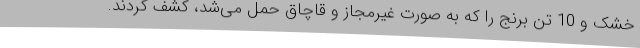
خشک و 10 تن برنج را که به صورت غیرمجاز و قاچاق حمل می‌شد، کشف کردند.